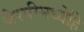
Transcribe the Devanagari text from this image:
थेरपीमध्येहि